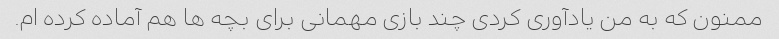
ممنون که به من یادآوری کردی چند بازی مهمانی برای بچه ها هم آماده کرده ام.